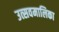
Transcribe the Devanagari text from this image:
उत्सवमालिका